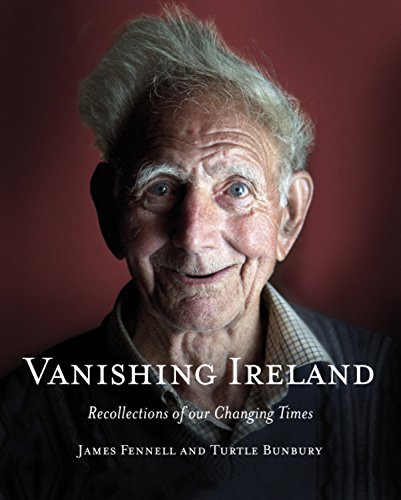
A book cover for Vanishing Ireland: Recollections of Our Changing Times; James Fennell; Biographies & Memoirs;